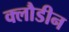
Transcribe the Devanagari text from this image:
क्लौडीन